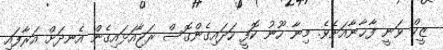
ޒީކް ވަނީ ފާޚާނާއަށެވެ. މިނާ ހޫނު ކޮފީ ހަދައިގެންގޮސް ރަޖާއަޅައިގެން އެނދަށް އަރާފައި